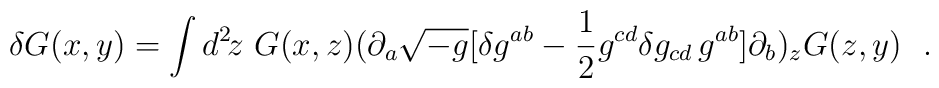
\delta G(x,y)=\int d^2\!z\ G(x,z) (\partial_a\sqrt{-g}[\delta g^{ab}-{1\over2}g^{cd}\delta g_{cd}\, g^{ab}]\partial_b)_zG(z,y)\ \ .